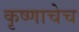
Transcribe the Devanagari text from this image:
कृष्णाचेच